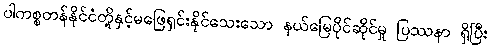
ပါကစ္စတန်နိုင်ငံတို့နှင့်မဖြေရှင်းနိုင်သေးသော နယ်မြေပိုင်ဆိုင်မှု ပြဿနာ ရှိပြီး